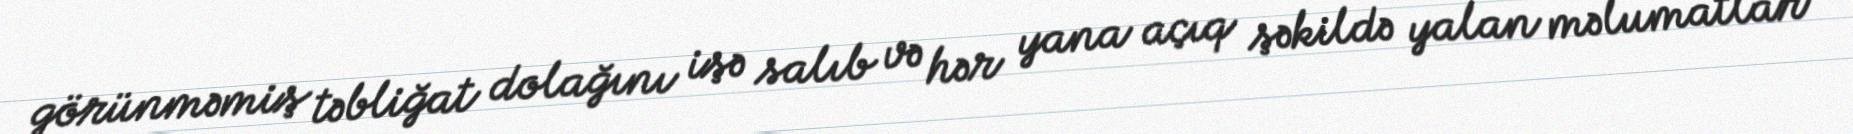
görünməmiş təbliğat dolağını işə salıb və hər yana açıq şəkildə yalan məlumatlar